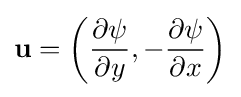
\mathbf {u} =\left({\frac {\partial \psi }{\partial y}},-{\frac {\partial \psi }{\partial x}}\right)